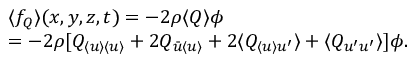
\begin{array} { r l } & { \langle { f } _ { Q } \rangle ( x , y , z , t ) = - 2 \rho \langle { Q } \rangle \phi } \\ & { = - 2 \rho [ Q _ { \langle { u } \rangle \langle { u } \rangle } + 2 Q _ { \bar { u } \langle { u } \rangle } + 2 \langle { Q } _ { \langle { u } \rangle u ^ { \prime } } \rangle + \langle { Q } _ { u ^ { \prime } u ^ { \prime } } \rangle ] \phi . } \end{array}